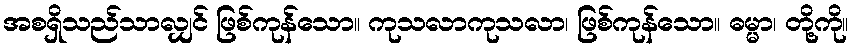
အစရှိသည်သာလျှင် ဖြစ်ကုန်သော။ ကုသလာကုသလာ၊ ဖြစ်ကုန်သော။ ဓမ္မာ၊ တို့ကို။